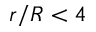
r / R < 4